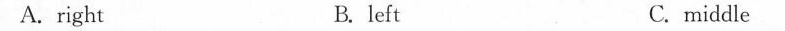
A.right B. left C. middle